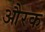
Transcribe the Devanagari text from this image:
औरक